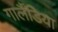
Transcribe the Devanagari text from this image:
गार्लैंडिया